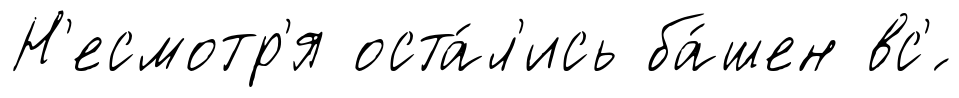
Н'есмотр'я оста́л'ись ба́шен вс'́